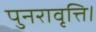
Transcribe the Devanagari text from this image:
पुनरावृत्ति।